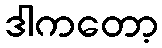
ဒါကတော့